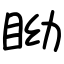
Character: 眑